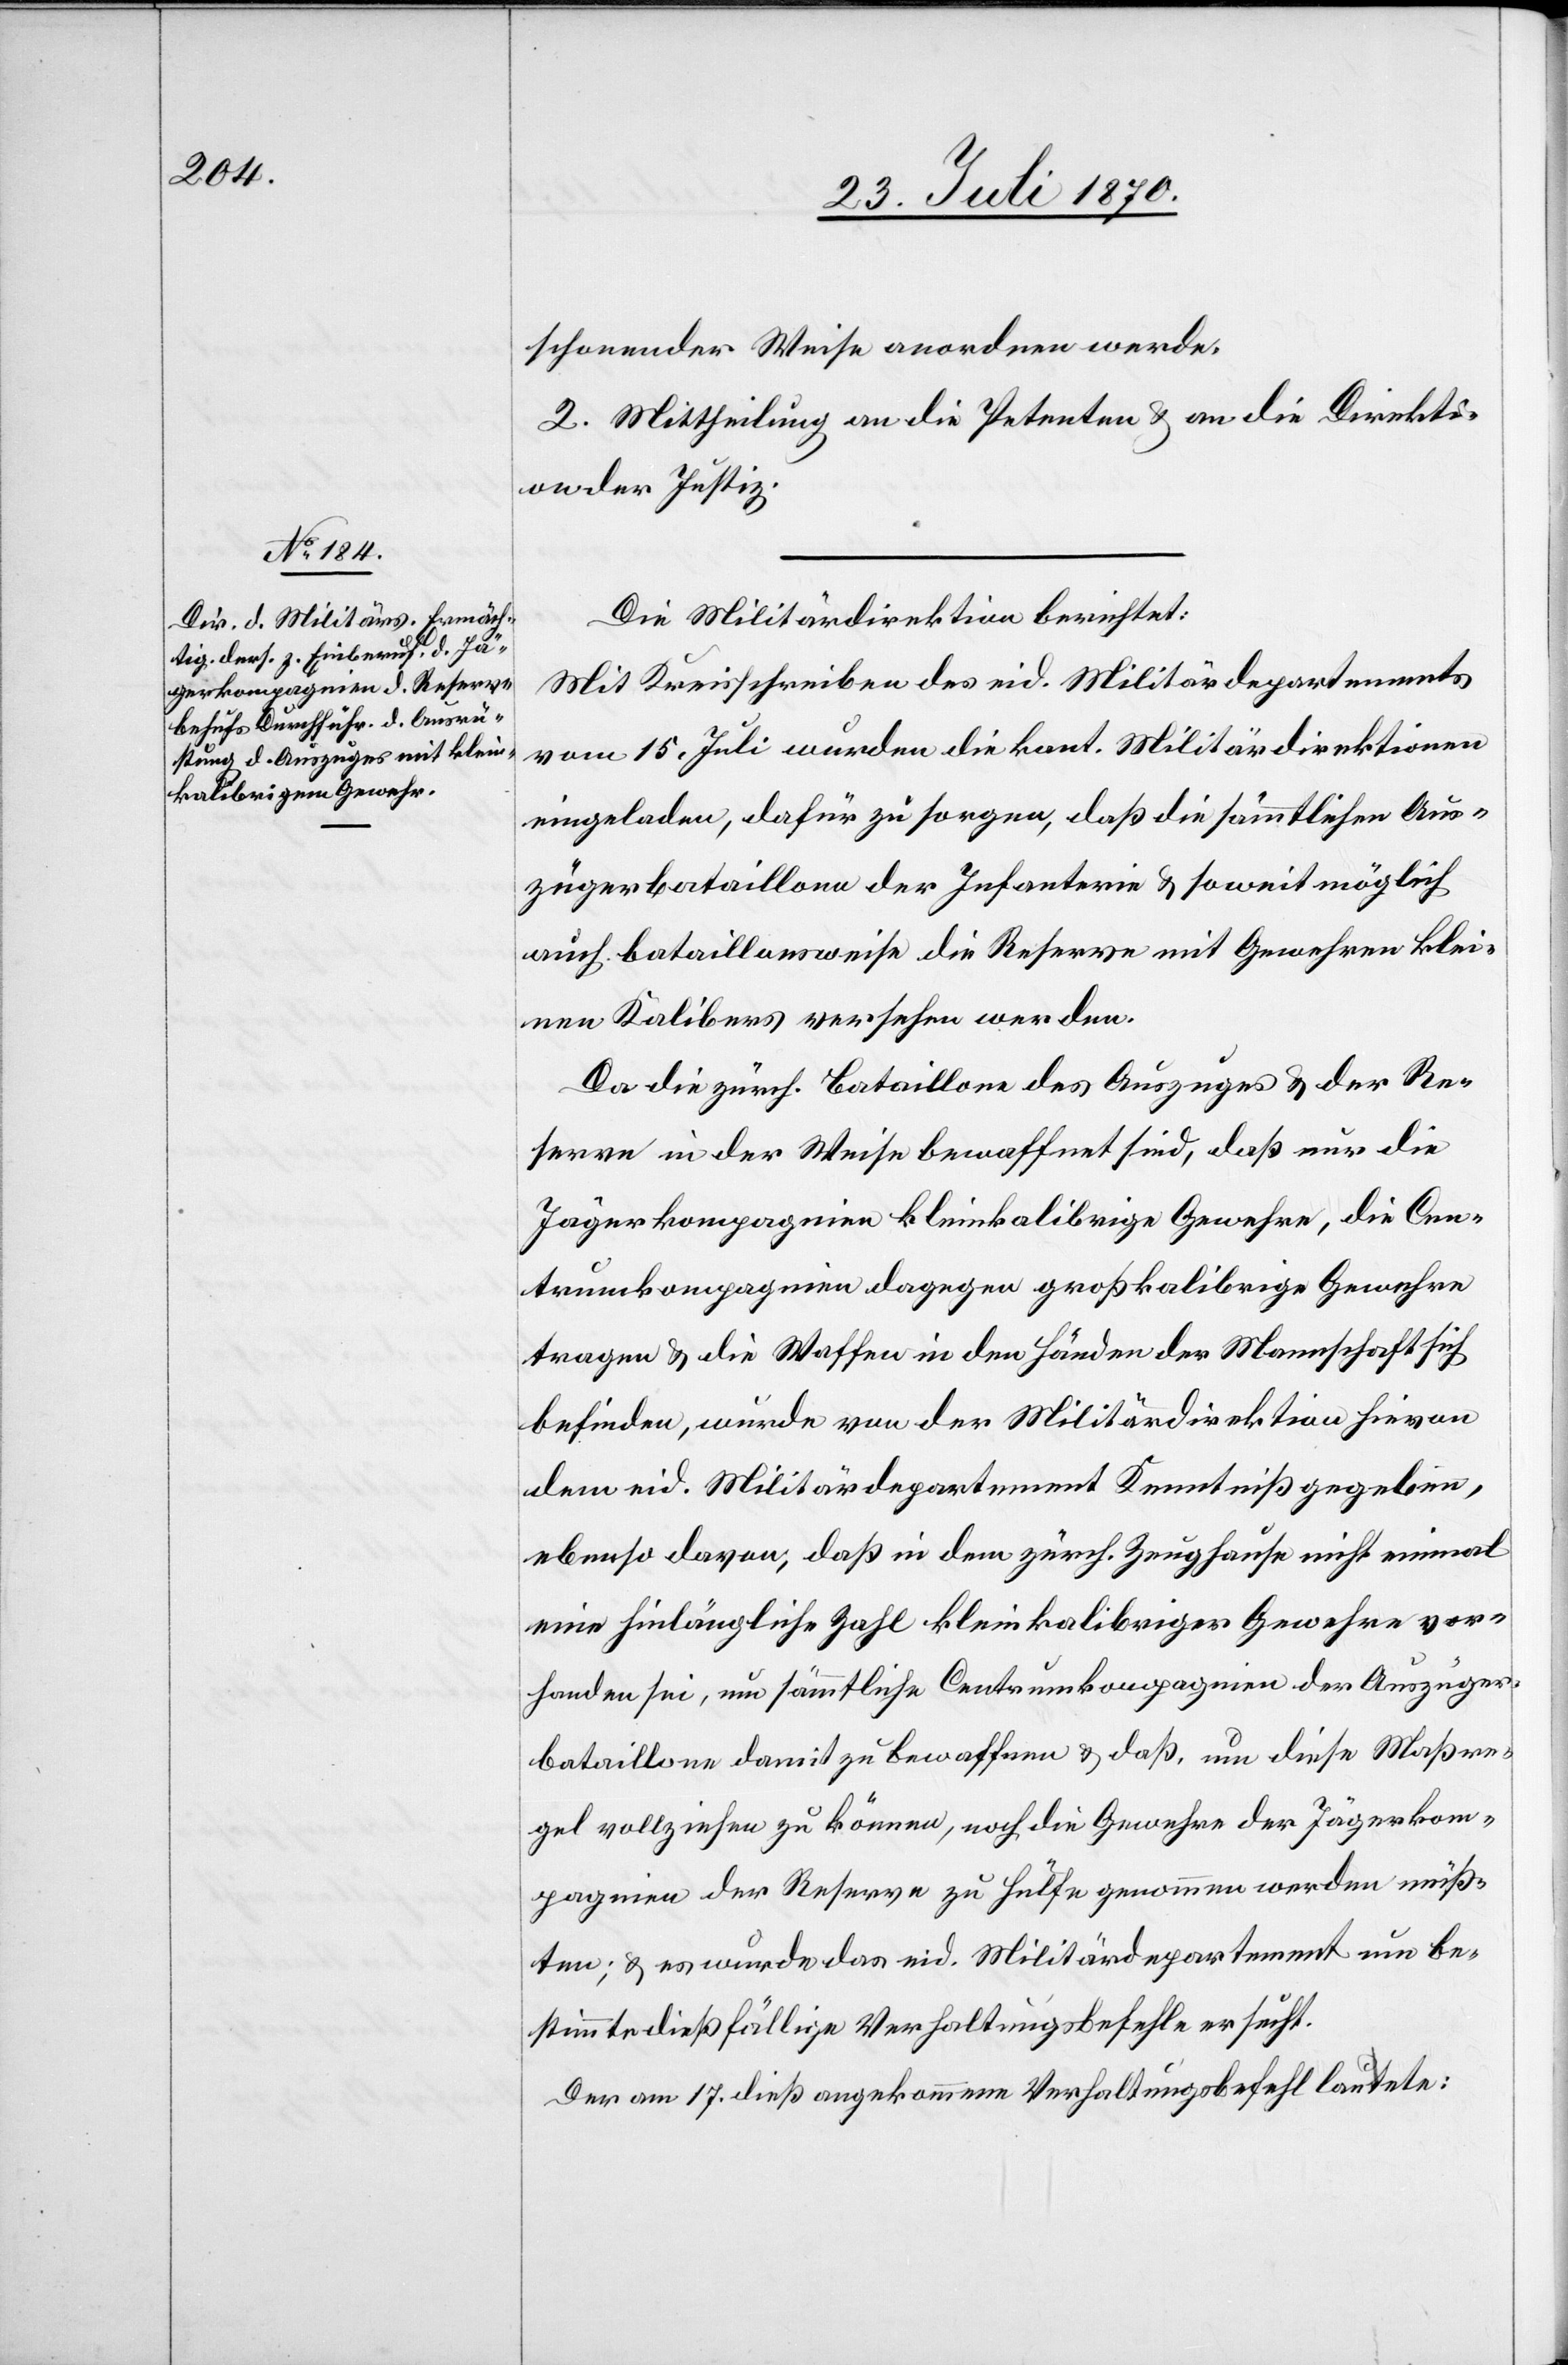
schonender Weise anordnen werde.
2. Mittheilung an die Petenten & an die Direkti¬
on der Justiz.
Die Militärdirektion berichtet:
Mit Kreisschreiben des eid. Militärdepartements
vom 15. Juli wurden die kant. Militärdirektionen
eingeladen, dafür zu sorgen, daß die sämmtlichen Aus¬
zügerbataillone der Infanterie & soweit möglich
auch bataillonsweise die Reserve mit Gewehren klei¬
nen Kalibers versehen werden.
Da die zürch. Bataillone des Auszuges & der Re¬
serve in der Weise bewaffnet sind, daß nur die
Jägerkompagnien kleinkalibrige Gewehre, die Cen¬
trumkompagnien dagegen großkalibrige Gewehre
tragen & die Waffen in den Händen der Mannschaft sich
befinden, wurde von der Militärdirektion hievon
dem eid. Militärdepartement Kenntniß gegeben,
ebenso davon, daß in dem zürch. Zeughause nicht einmal
eine hinlängliche Zahl kleinkalibriger Gewehre vor¬
handen sei, um sämmtliche Centrumkompagnien der Auszüger¬
bataillone damit zu bewaffnen & daß, um diese Maßre¬
gel vollziehen zu können, noch die Gewehre der Jägerkom¬
pagnien der Reserve zu Hülfe genommen werden müß¬
ten; & es wurde das eid. Militärdepartement um be¬
stimmte dießfällige Verhaltungsbefehle ersucht.
Der am 17. dieß angekommene Verhaltungsbefahr lautete: